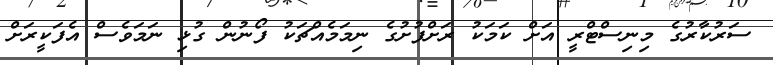
ސަރުކާރުގެ މިނިސްޓްރީ އަށް ކަމަކު ރަށްފުށުގެ ނިމަމެއްޗަކު ފޯނުން ގުޅި ނަމަވެސް އެފަކީރަަށް